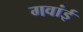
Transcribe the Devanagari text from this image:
गवांई